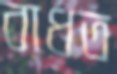
বাধত